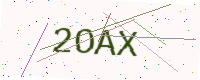
Text: 2OAX